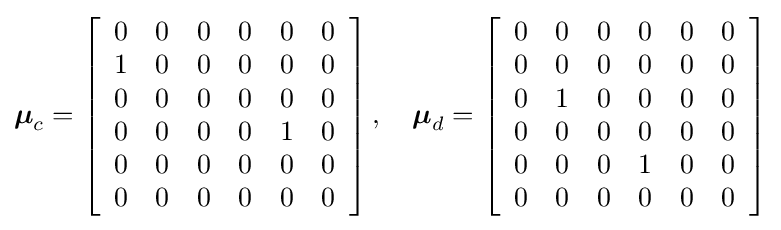
{\boldsymbol {\mu }}_{c}=\left[{\begin{array}{cccccc}0&0&0&0&0&0\\1&0&0&0&0&0\\0&0&0&0&0&0\\0&0&0&0&1&0\\0&0&0&0&0&0\\0&0&0&0&0&0\end{array}}\right],\quad {\boldsymbol {\mu }}_{d}=\left[{\begin{array}{cccccc}0&0&0&0&0&0\\0&0&0&0&0&0\\0&1&0&0&0&0\\0&0&0&0&0&0\\0&0&0&1&0&0\\0&0&0&0&0&0\end{array}}\right]